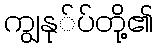
ကျွနု်ပ်တို့၏